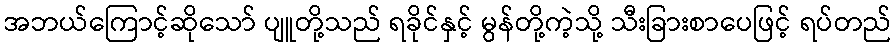
အဘယ်ကြောင့်ဆိုသော် ပျူတို့သည် ရခိုင်နှင့် မွန်တို့ကဲ့သို့ သီးခြားစာပေဖြင့် ရပ်တည်